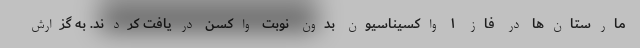
مارستان‌ها در فاز ۱ واکسیناسیون بدون نوبت واکسن دریافت کردند. به گزارش